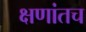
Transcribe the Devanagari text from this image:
क्षणांतच